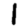
Digit: 1